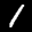
Label: 1